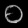
Digit: ၀